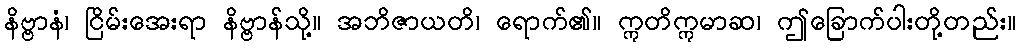
နိဗ္ဗာနံ၊ ငြိမ်းအေးရာ နိဗ္ဗာန်သို့။ အဘိဇာယတိ၊ ရောက်၏။ ဣတိဣမာဆ၊ ဤခြောက်ပါးတို့တည်း။